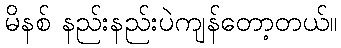
မိနစ် နည်းနည်းပဲကျန်တော့တယ်။